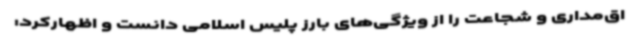
اق‌مداری و شجاعت را از ویژگی‌های بارز پلیس اسلامی دانست و اظهارکرد: